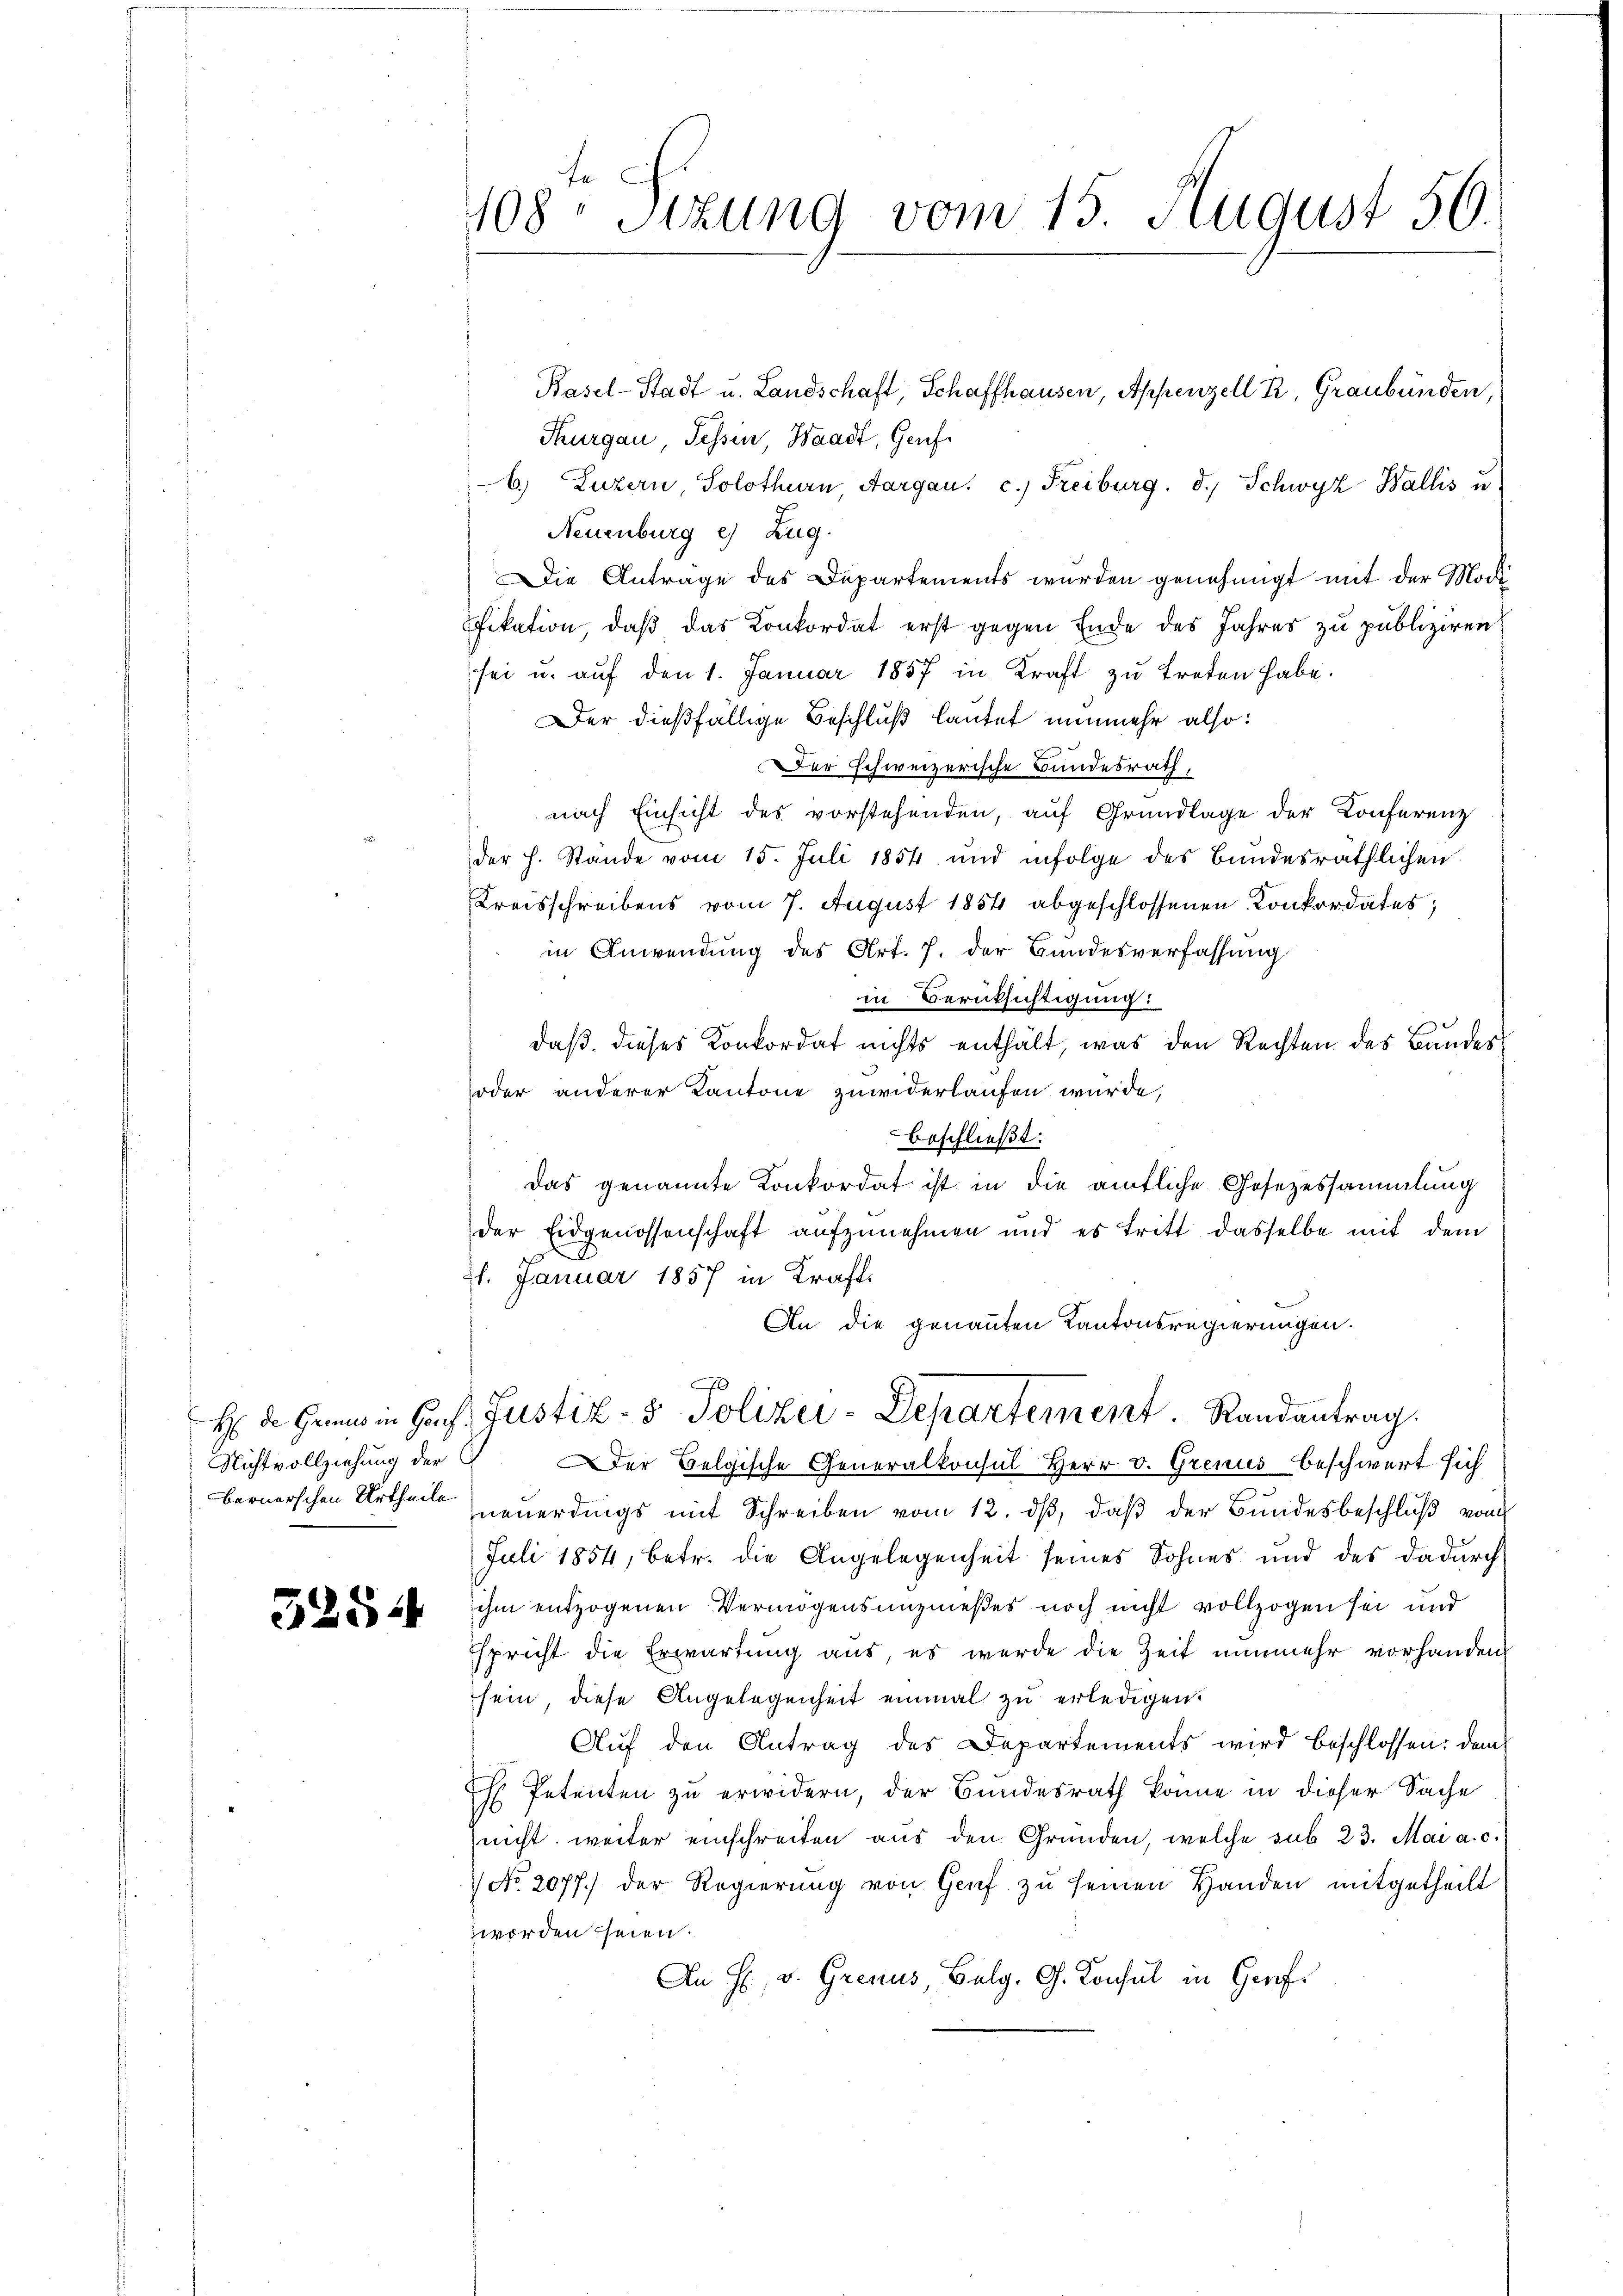
Nichtvollziehung der C

5254

108 Stzung vom 15. August 56.

Basel-Stadt u. Landschaft, Schaffhausen, Appenzell R, Graubünden,
Thurgau, Tessin, Waadt, Genf
6) Luzern Solothurn, Aargau. c.) Freiburg. d. Schwyz Wallis u
Neuenburg e) Zug.
Die Anträge des Departements wurden genehmigt mit der Mode
fikation, daß das Konkordat erst gegen Ende des Jahres zu publiziren
sei u. auf den 1. Januar 1857 in Kraft zu treten habe.
Der dießfällige Beschluß lautet nunmehr also:
Der schweizerische Bundesrath,
nach Einsicht des vorstehenden, auf Grundlage der Konferenz
der h. Stände vom 15. Juli 1854 und infolge des Bundesräthlichen
Kreisschreibens vom 7. August 1854 abgeschlossenen Konkordates
in Anwendung des Art. 7. der Bundesverfassung
in Berücksichtigung:
daß dieses Konkordat nichts enthält, was den Rechten des Bandes
oder anderer Kantone zuwiderlaufen würde,
beschließt:
Das genannte Konkordat ist in die amtliche Gesezessammlung
der Eidgenossenschaft aufzunehmen und es tritt dasselbe mit dem
21. Januar 1857 in Kraft.
An die genannten Kantonsregierungen.
H Dr. Hennin Haus Justiz- & Polizei-Departement Randantrag.
Der Belgische Generalkonsul Herr v. Grenus beschwert sich
bernerschen Urtheil neuerdings mit Schreiben vom 12. ds, daß der Bundesbeschluß vom
Juli 1854, betr. die Angelegenheit seines Sohnes und des dadurch
ihm entzogenen Vermögensunznießes noch nicht vollzogen sei und
Espricht die Erwartung aus, es werde die Zeit nunmehr vorhanden
sein, diese Angelegenheit einmal zu erledigen.
Auf den Antrag des Departements wird beschlossen: dem
H Petenten zu erwidern, der Bundesrath könne in dieser Sache
nicht, weiter einschreiten aus den Gründen, welche sub 23. Mai a. c.
 No. 2077.) der Regierung von Genf zu seinen Handen mitgetheilt
zworden seien.
An H. v. Grenus, Belg. G. Konsul in Genf